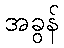
အခွန်